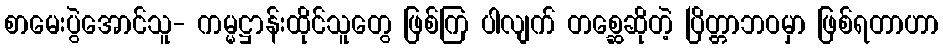
စာမေးပွဲအောင်သူ- ကမ္မဋ္ဌာန်းထိုင်သူတွေ ဖြစ်ကြ ပါလျက် တစ္ဆေဆိုတဲ့ ပြိတ္တာဘဝမှာ ဖြစ်ရတာဟာ